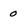
Character: 0